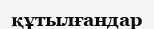
құтылғандар